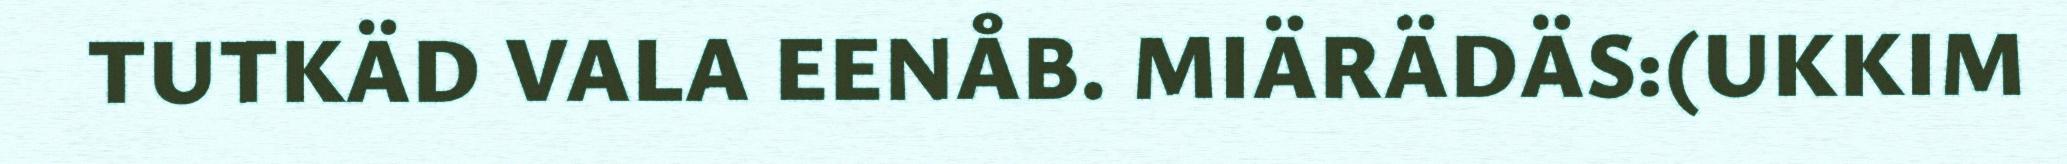
TUTKÄD VALA EENÅB. MIÄRÄDÄS:(UKKIM